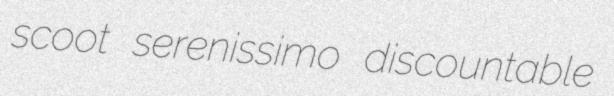
scoot serenissimo discountable